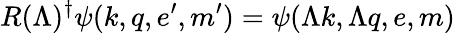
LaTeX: R(\Lambda)^{\dagger}\psi(k,q,e^{\prime},m^{\prime})=\psi(\Lambda k,\Lambda q,e,m)